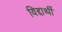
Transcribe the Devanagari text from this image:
विद्दार्थी